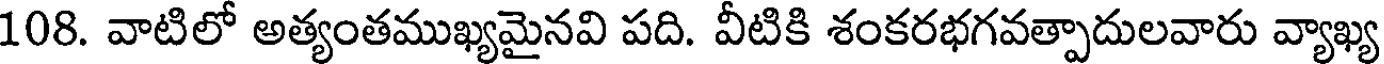
108. వాటిలో అత్యంతముఖ్యమైనవి పది. వీటికి శంకరభగవత్పాదులవారు వ్యాఖ్య